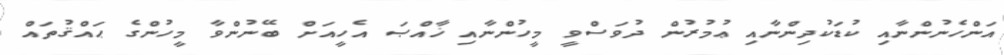
އަންހެނުންނާއި ކުޑަކުދިންނާއި ޢުމުރުން ދުވަސްވީ މީހުންނާއި ޚާއްޞަ އެހީއަށް ބޭނުންވާ މީހުންގެ ޙައްޤުތައް